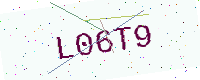
Text: L06T9